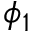
\phi _ { 1 }